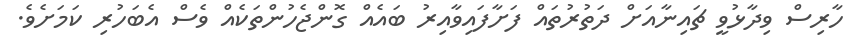
ހާރިސް ވިދާޅުވީ ޗައިނާއަށް ދަތުރުތައް ފަށާފައިވާއިރު ބައެއް ގޮންޖެހުންތަކެއް ވެސް އެބަހުރި ކަމަށެވެ.